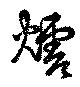
煻